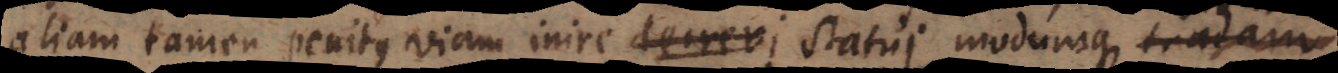
aliam tamen penitus viam inire statui, modumque ostendam